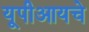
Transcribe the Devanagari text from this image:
यूपीआयचे